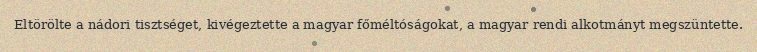
Eltörölte a nádori tisztséget, kivégeztette a magyar főméltóságokat, a magyar rendi alkotmányt megszüntette.